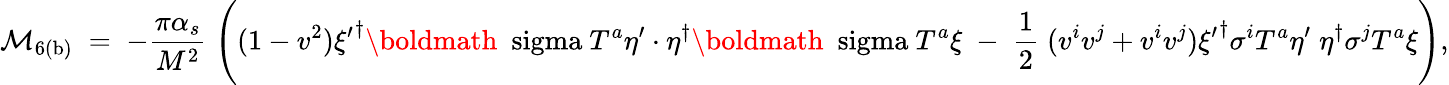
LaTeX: {\cal M}_{\mathrm{6(b)}}\; =\; -{\frac{\pi\alpha_{s}}{M^{2}}}\; \Bigg((1-v^{2}){\xi^{\prime}}^{\dagger}\mathrm{\boldmath~\ sigma~}T^{a}\eta^{\prime}\cdot\eta^{\dagger}\mathrm{\boldmath~\ sigma~}T^{a}\xi\; -\; {\frac{1}{2}}\; (v^{i}v^{j}+v^{i}v^{j}){\xi^{\prime}}^{\dagger}\sigma^{i}T^{a}\eta^{\prime}\; \eta^{\dagger}\sigma^{j}T^{a}\xi\Bigg),